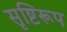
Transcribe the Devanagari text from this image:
सृष्टिरूप